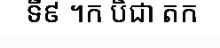
ទី៩ ។ក បិជា តក